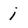
Character: j